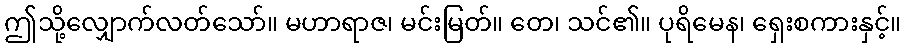
ဤသို့လျှောက်လတ်သော်။ မဟာရာဇ၊ မင်းမြတ်။ တေ၊ သင်၏။ ပုရိမေန၊ ရှေးစကားနှင့်။